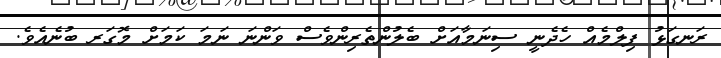
ރަނގަޅު ފިލްމެއް ހެދެނީ ސިނަމާއަށް ބެލުންތެރިންވެސް ވަންނަ ނަމަ ކަމަށް މޮގަރ ބުނެއެވެ.